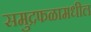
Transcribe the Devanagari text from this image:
समुद्रफळामधील